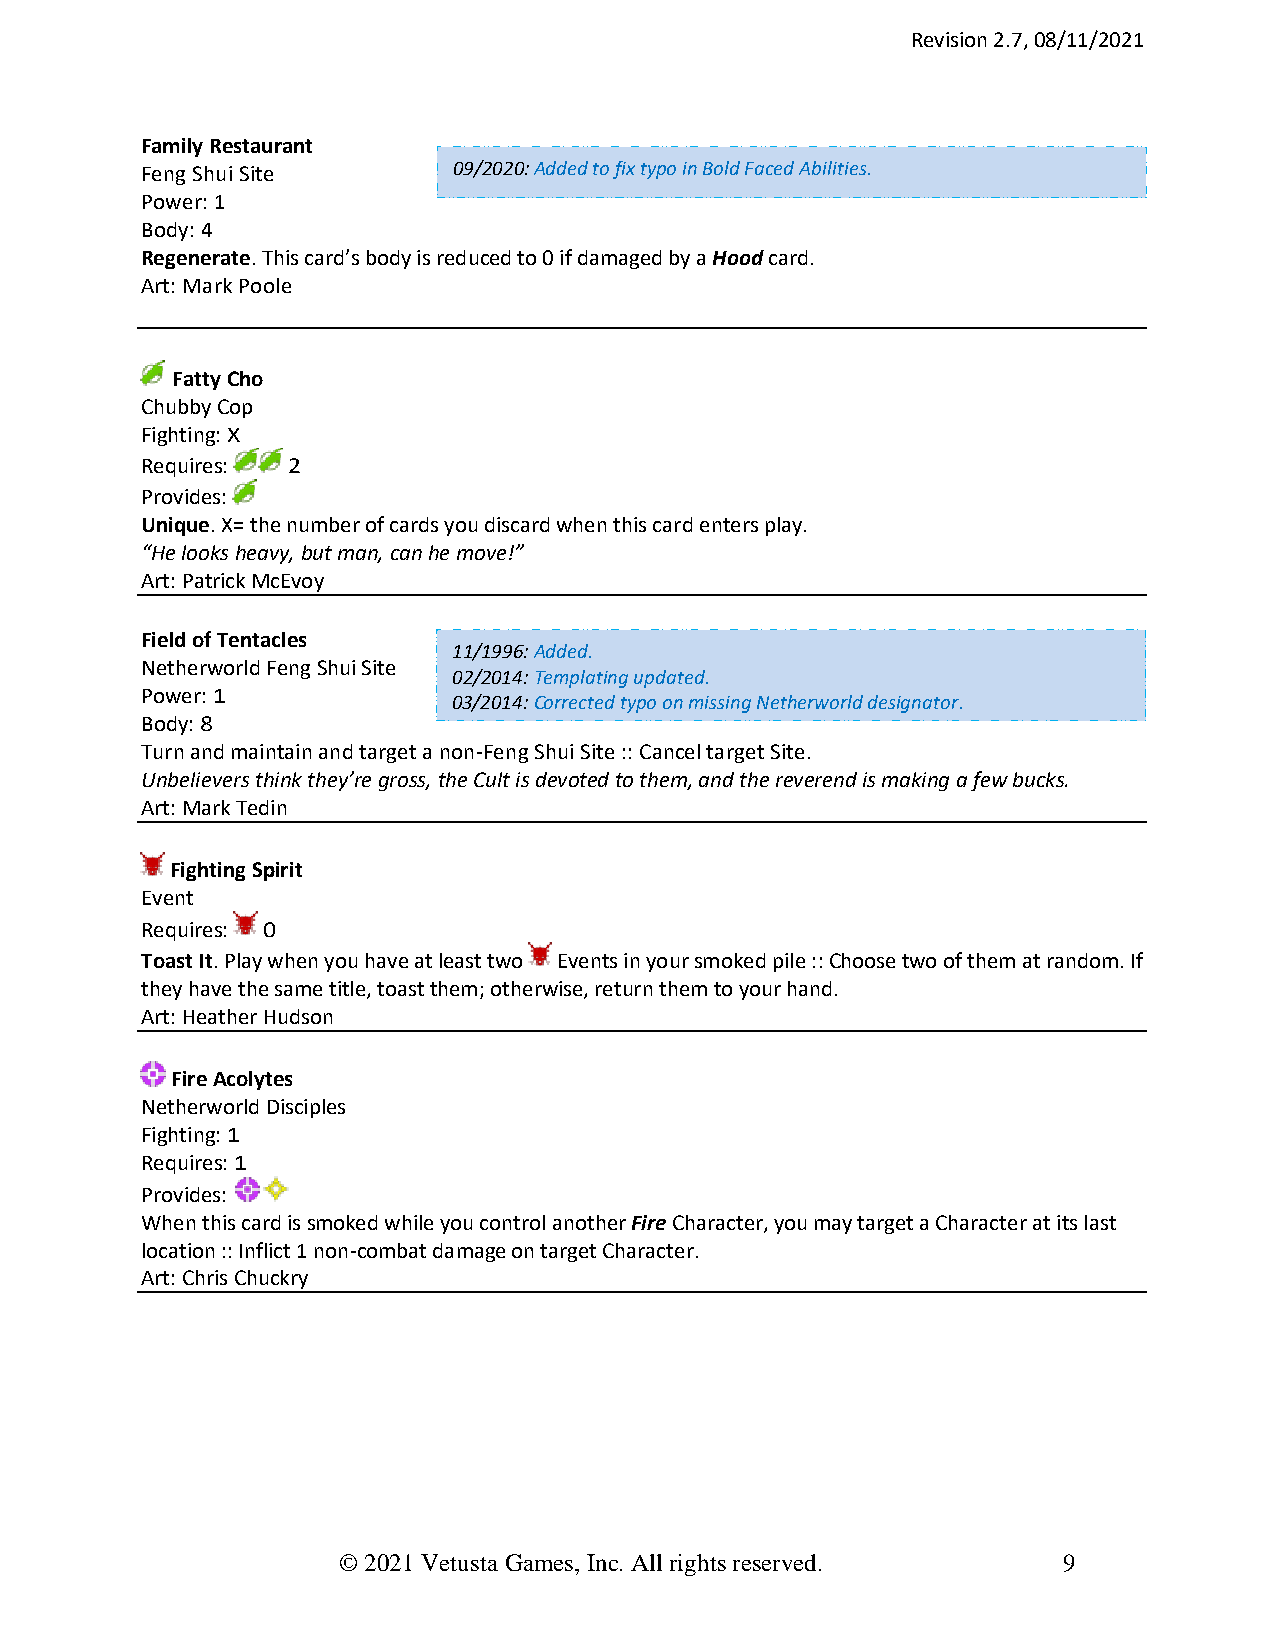
Revision 2.7, 08/11/2021
 Family Restaurant
 Feng Shui Site       09/2020: Added to fix typo in Bold Faced Abilities.
 Power: 1
 Body: 4
 Regenerate. This card’s body is reduced to 0 if damaged by a Hood card.
 Art: Mark Poole
 Fatty Cho
 Chubby Cop
 Fighting: X
 Requires: 2
 Provides:
 Unique. X= the number of cards you discard when this card enters play.
 “He looks heavy, but man, can he move!”
 Art: Patrick McEvoy
 Field of Tentacles
 11/1996: Added.
 Netherworld Feng Shui Site
 02/2014: Templating updated.
 Power: 1
 03/2014: Corrected typo on missing Netherworld designator.
 Body: 8
 Turn and maintain and target a non-Feng Shui Site :: Cancel target Site.
 Unbelievers think they’re gross, the Cult is devoted to them, and the reverend is making a few bucks.
 Art: Mark Tedin
 Fighting Spirit
 Event
 Requires: 0
 Toast It. Play when you have at least two Events in your smoked pile :: Choose two of them at random. If
 they have the same title, toast them; otherwise, return them to your hand.
 Art: Heather Hudson
 Fire Acolytes
 Netherworld Disciples
 Fighting: 1
 Requires: 1
 Provides:
 When this card is smoked while you control another Fire Character, you may target a Character at its last
 location :: Inflict 1 non-combat damage on target Character.
 Art: Chris Chuckry
 © 2021 Vetusta Games, Inc. All rights reserved. 9